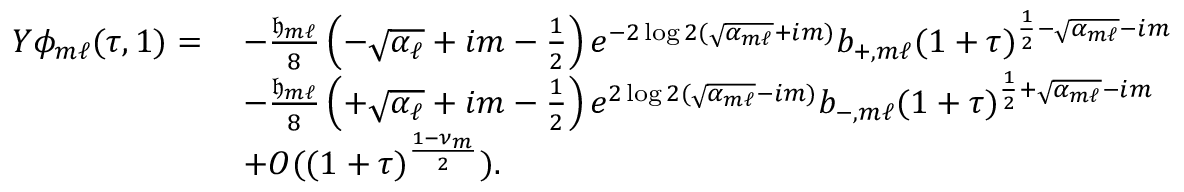
\begin{array} { r l } { Y \phi _ { m \ell } ( \tau , 1 ) = } & { \: - \frac { { \mathfrak { h } } _ { m \ell } } { 8 } \left( - \sqrt { \alpha _ { \ell } } + i m - \frac { 1 } { 2 } \right) e ^ { - 2 \log 2 ( \sqrt { \alpha _ { m \ell } } + i m ) } b _ { + , m \ell } ( 1 + \tau ) ^ { \frac { 1 } { 2 } - \sqrt { \alpha _ { m \ell } } - i m } } \\ & { \: - \frac { { \mathfrak { h } } _ { m \ell } } { 8 } \left( + \sqrt { \alpha _ { \ell } } + i m - \frac { 1 } { 2 } \right) e ^ { 2 \log 2 ( \sqrt { \alpha _ { m \ell } } - i m ) } b _ { - , m \ell } ( 1 + \tau ) ^ { \frac { 1 } { 2 } + \sqrt { \alpha _ { m \ell } } - i m } } \\ & { \: + O ( ( 1 + \tau ) ^ { \frac { 1 - \nu _ { m } } { 2 } } ) . } \end{array}